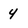
Character: y